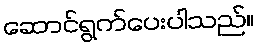
ဆောင်ရွက်ပေးပါသည်။